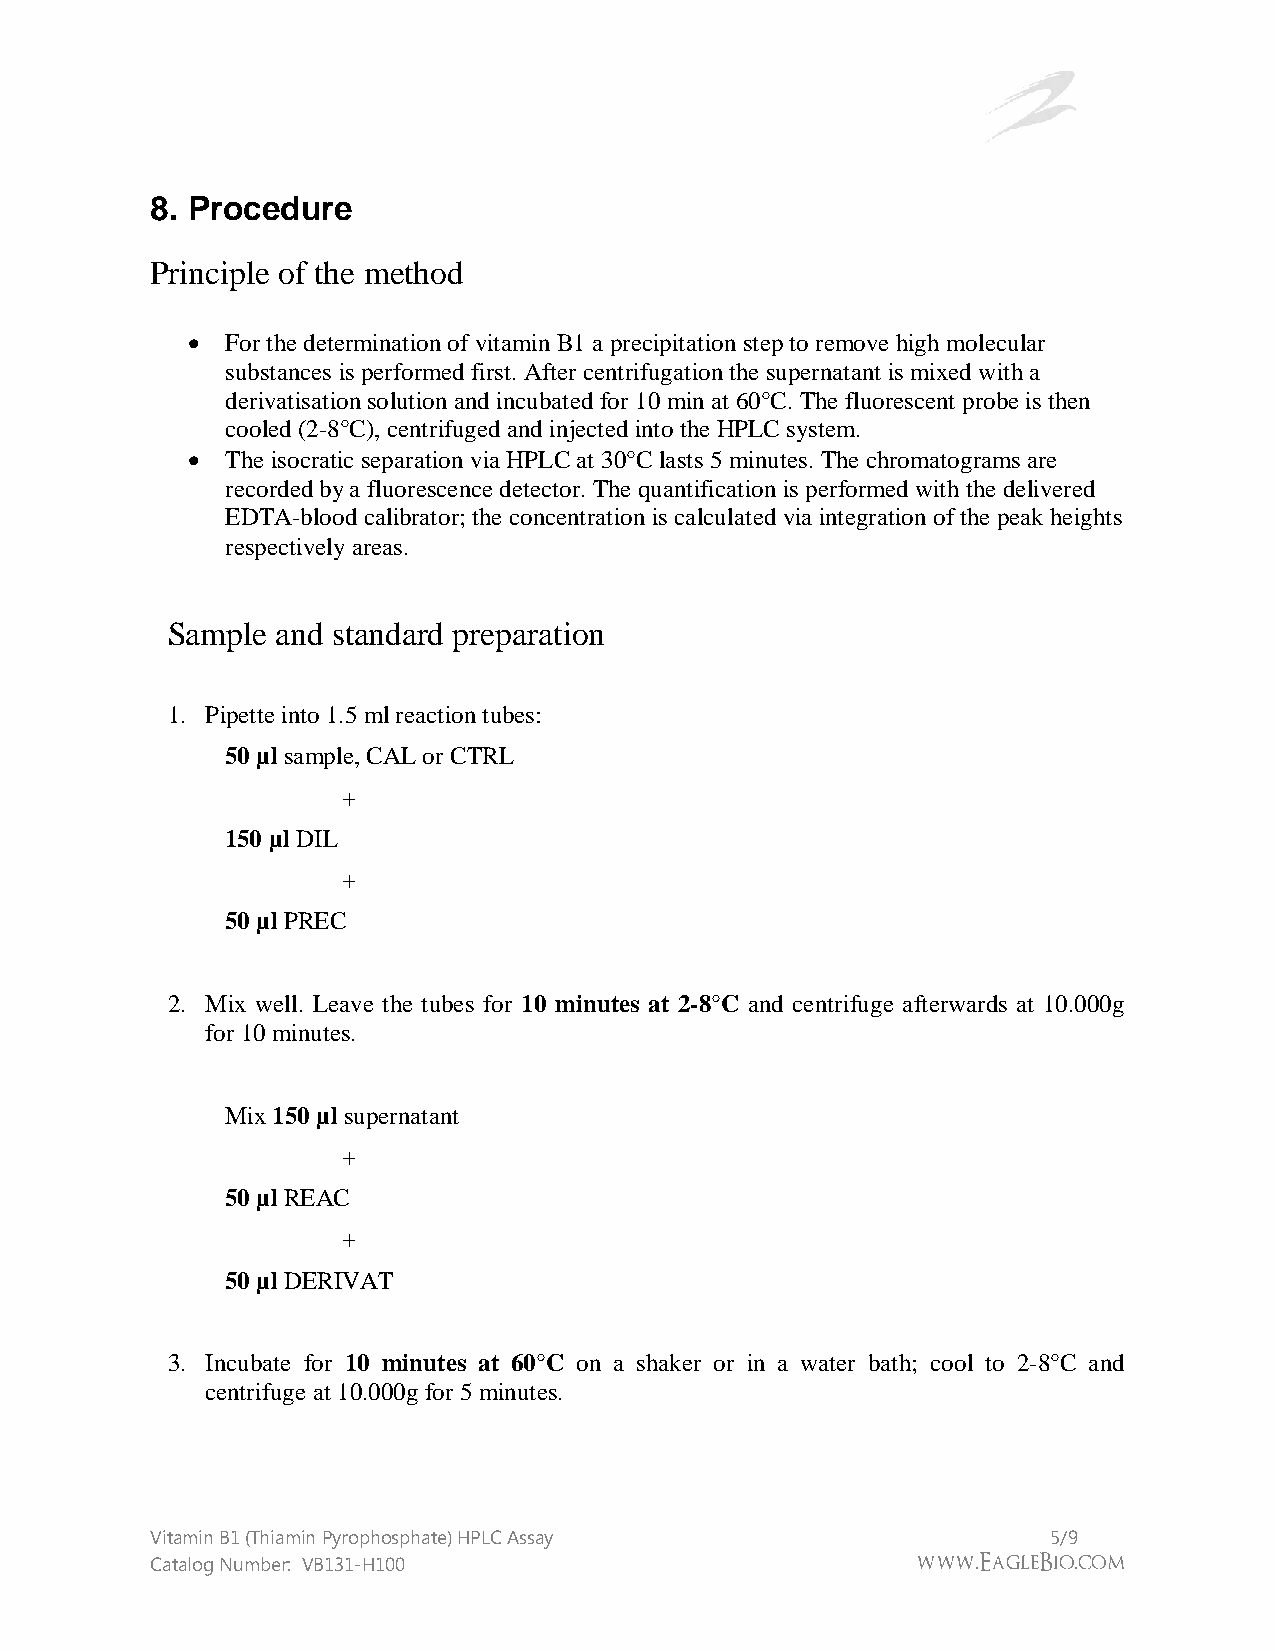
8. Procedure
 Principle of the method
   For the determination of vitamin B1 a precipitation step to remove high molecular
 substances is performed first. After centrifugation the supernatant is mixed with a
 derivatisation solution and incubated for 10 min at 60°C. The fluorescent probe is then
 cooled (2-8°C), centrifuged and injected into the HPLC system.
   The isocratic separation via HPLC at 30°C lasts 5 minutes. The chromatograms are
 recorded by a fluorescence detector. The quantification is performed with the delivered
 EDTA-blood calibrator; the concentration is calculated via integration of the peak heights
 respectively areas.
 Sample and standard preparation
 1. Pipette into 1.5 ml reaction tubes:
 50 µl sample, CAL or CTRL
 +
 150 µl DIL
 +
 50 µl PREC
 2. Mix well. Leave the tubes for 10 minutes at 2-8°C and centrifuge afterwards at 10.000g
 for 10 minutes.
 Mix 150 µl supernatant
 +
 50 µl REAC
 +
 50 µl DERIVAT
 3. Incubate for 10 minutes at 60°C on a shaker or in a water bath; cool to 2-8°C and
 centrifuge at 10.000g for 5 minutes.
 Vitamin B1 (Thiamin Pyrophosphate) HPLC Assay               5/9
 Catalog Number: VB131-H100                         www.EagleBio.com